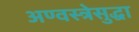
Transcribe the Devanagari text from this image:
अण्वस्त्रेसुद्धा